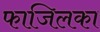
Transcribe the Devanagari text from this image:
फाजिलका